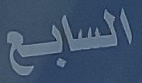
السابع